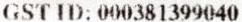
GST ID: 000381399040